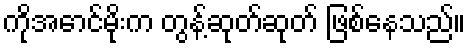
ကိုအောင်မိုးက တွန့်ဆုတ်ဆုတ် ဖြစ်နေသည်။